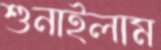
শুনাইলাম